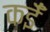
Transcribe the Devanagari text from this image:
कईँ